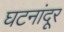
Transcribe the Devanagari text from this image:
घटनांदूर